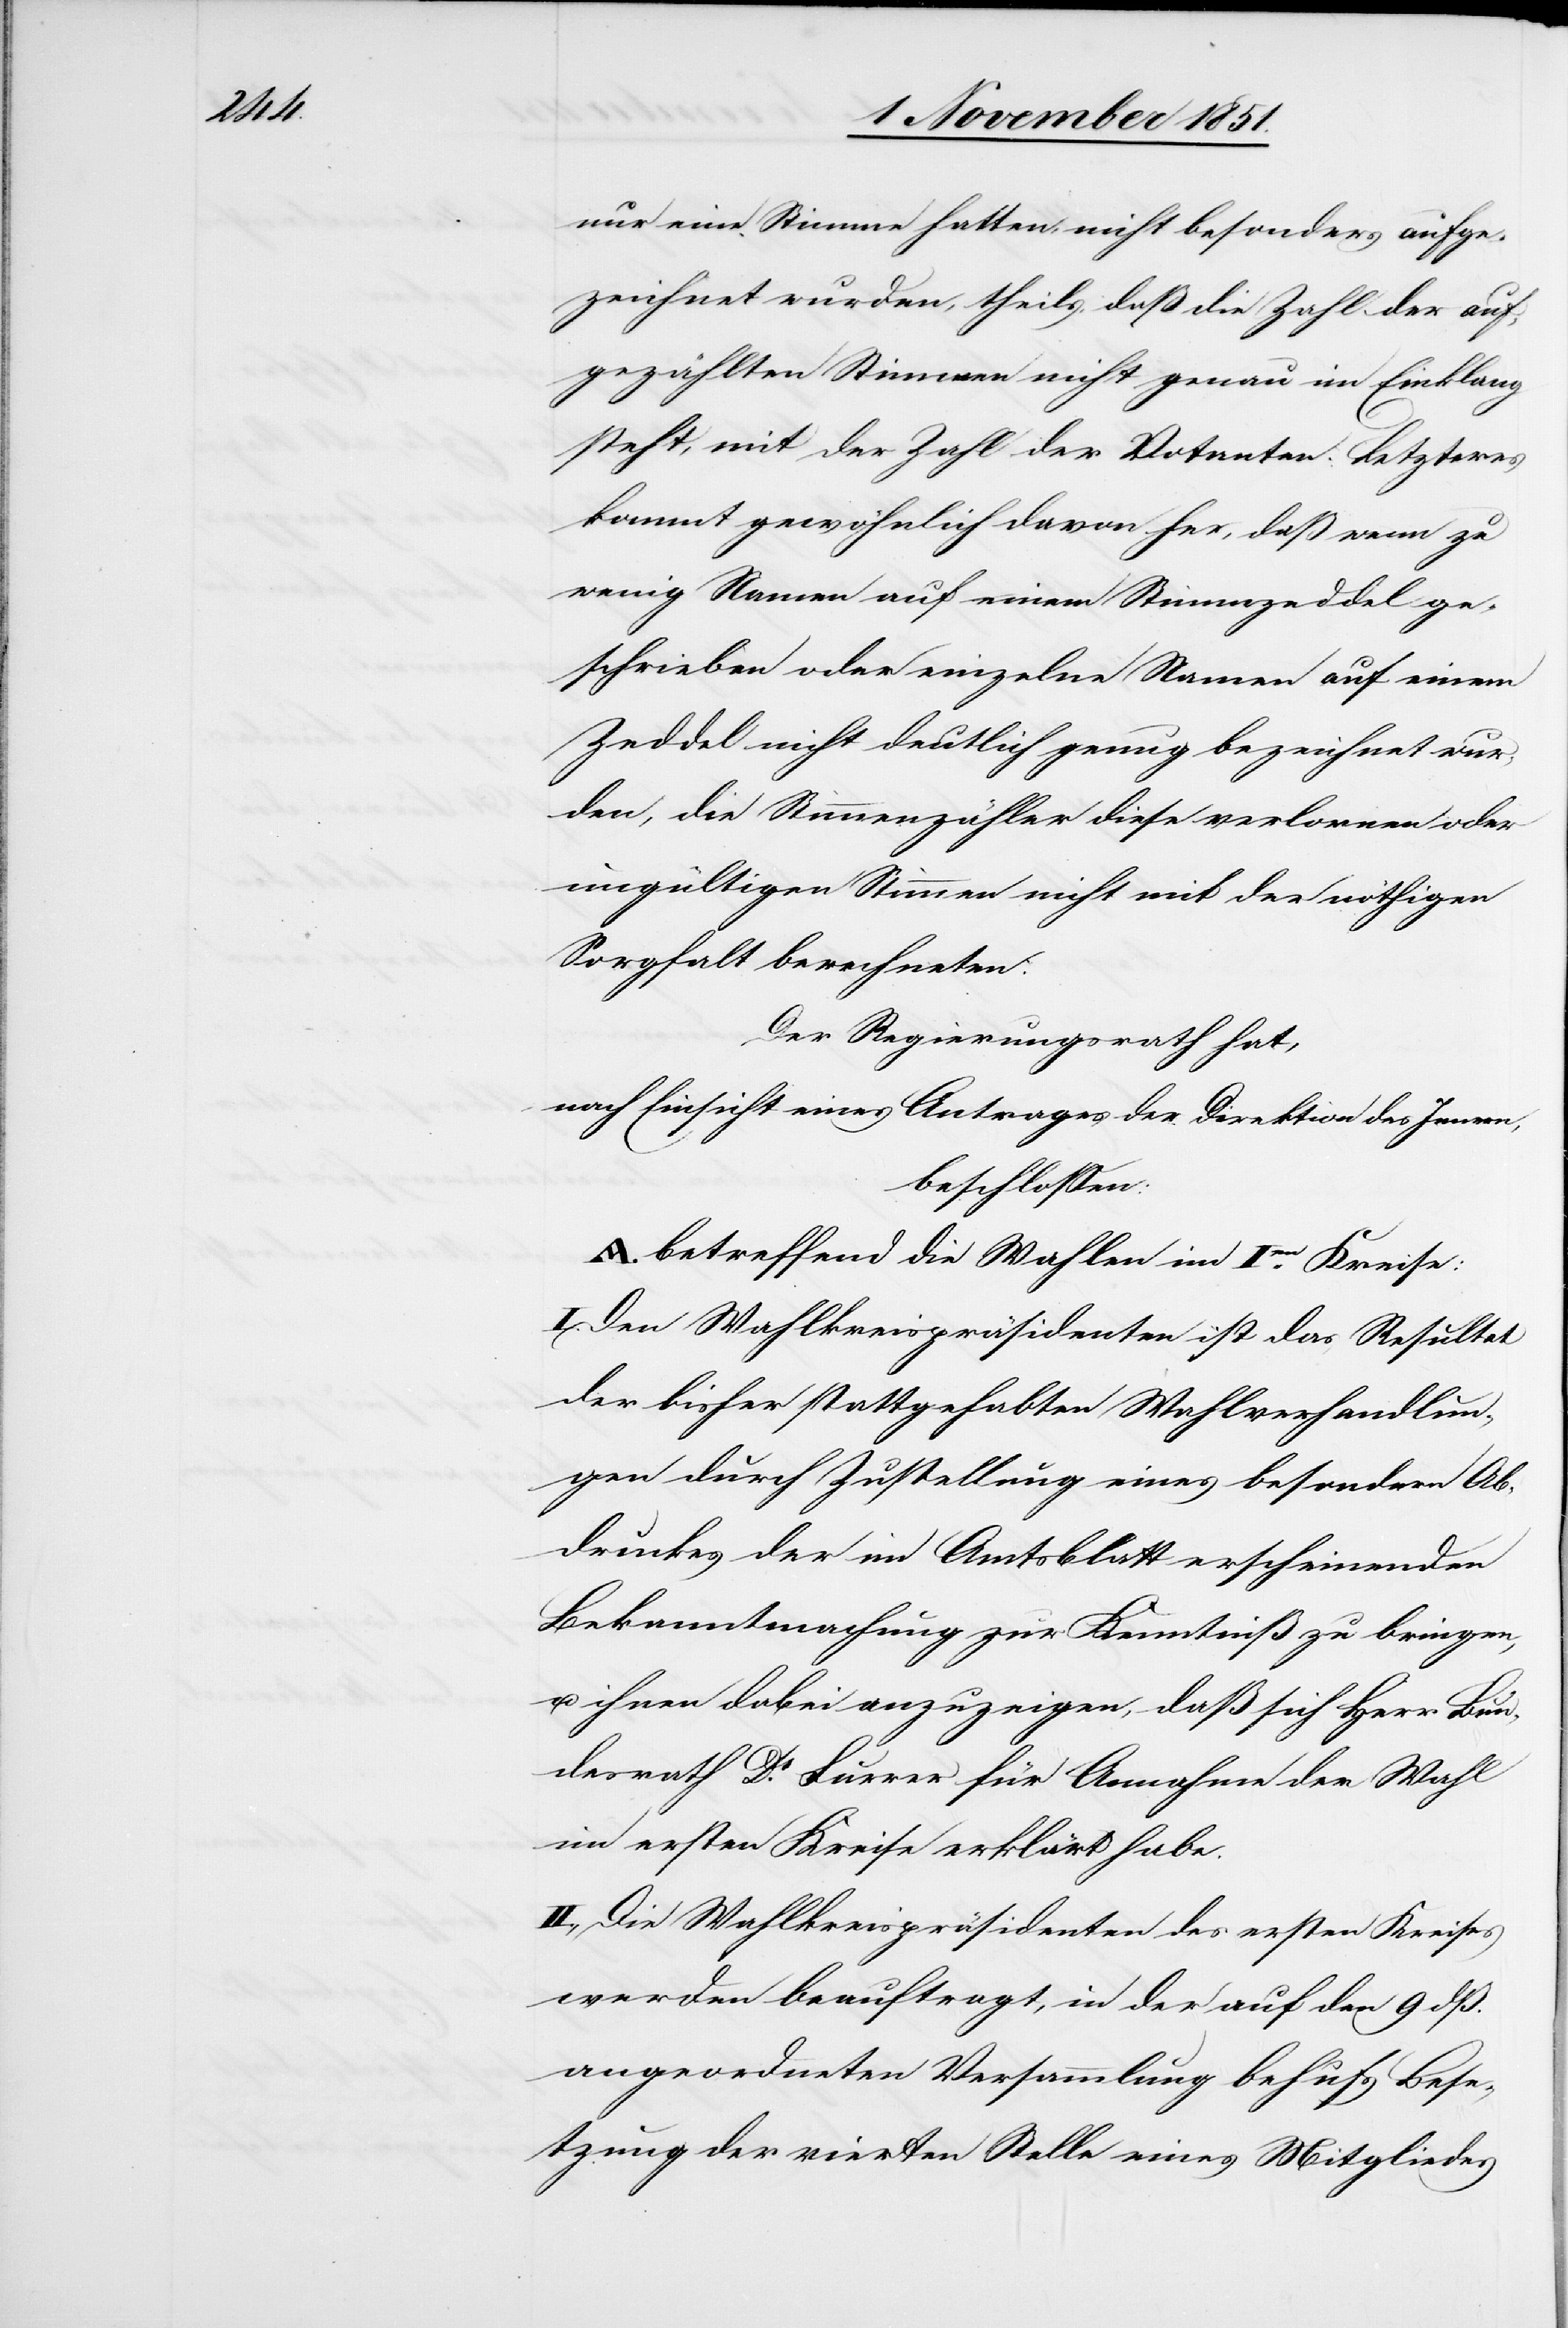
nur eine Stimme hatten, nicht besonders aufge¬
zeichnet wurden, theils, daß die Zahl der auf¬
gezählten Stimmen nicht genau im Einklang
steht, mit der Zahl der Votanten. Letzteres
kommt gewöhnlich davon her, daß wenn zu
wenig Namen auf einem Stimmzeddel ge¬
schrieben oder einzelne Namen auf einem
Zeddel nicht deutlich genug bezeichnet wur¬
den, die Stimmenzähler diese verlornen oder
ungültigen Stimmen nicht mit der nöthigen
Sorgfalt berechneten.
Der Regierungsrath hat,
nach Einsicht eines Antrages der Direktion des Innern,
beschlossen:
A. betreffend die Wahlen im Ien Kreise:
I. Den Wahlkreispräsidenten ist das Resultat
der bisher stattgehabten Wahlverhandlun¬
gen durch Zustellung eines besondern Ab¬
druckes der im Amtsblatt erscheinenden
Bekanntmachung zur Kenntniß zu bringen,
u. ihnen dabei anzuzeigen, daß sich Herr Bun¬
desrath Dr Furrer für Annahme der Wahl
im ersten Kreise erklärt habe.
II., Die Wahlkreispräsidenten des ersten Kreises
werden beauftragt, in der auf den 9 dß.
angeordneten Versammlung behufs Bese¬
tzung der vierten Stelle eines Mitgliedes